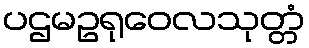
ပဌမဥရုဝေလသုတ္တံ